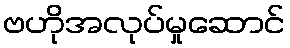
ဗဟိုအလုပ်မှုဆောင်